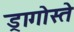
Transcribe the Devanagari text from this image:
ड्रागोस्ते